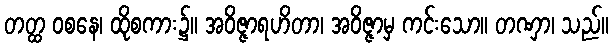
တတ္ထ ဝစနေ၊ ထိုစကား၌။ အဝိဇ္ဇာရဟိတာ၊ အဝိဇ္ဇာမှ ကင်းသော။ တဏှာ၊ သည်။